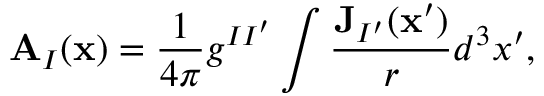
\mathbf { A } _ { I } ( \mathbf { x } ) = \frac { 1 } { 4 \pi } g ^ { I I ^ { \prime } } \int \frac { \mathbf { J } _ { I ^ { \prime } } ( \mathbf { x } ^ { \prime } ) } { r } d ^ { 3 } x ^ { \prime } ,